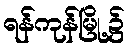
ရန်ကုန်မြို့၌